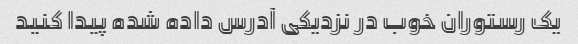
یک رستوران خوب در نزدیکی آدرس داده شده پیدا کنید